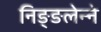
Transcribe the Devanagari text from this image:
निङ्ङलेन्ने